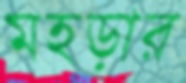
মহড়ার